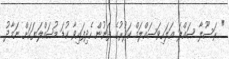
" ރަސޫލާ ޞައްލަ ޢަލަހިވަސައްލަމް ކަދުރުގެ ފަނުން ހެދިފައިވާ ކުޑަ މުޞައްލަޔަކަށް ނަމާދު